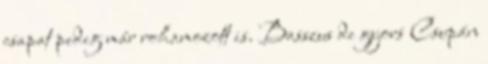
csapat pedig már rohamozott is. Basszus de gyors Csupán